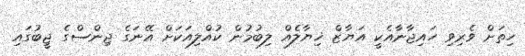
ހިތަށް ވެރިވި ހައިޖާނާއެކީ އަޔާޒް ޚިޔާލެއް ލިބުމުން ކުއްލިއަކަށް އޭނަގެ ޖިންސްގެ ޖީބުގައި